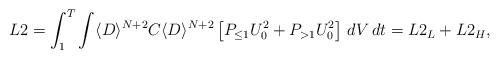
LaTeX: \begin{align*}L2 & = \int_1^T \int \langle D \rangle^{N+2} C \langle D \rangle^{N+2} \left[ P_{\leq 1} U^2_0 + P_{> 1} U^2_0 \right] \, dV\,dt = L2_L + L2_H,\end{align*}